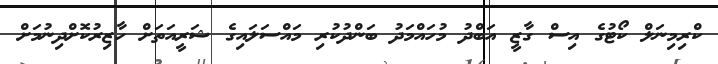
ކްރިމިނަލް ކޯޓުގެ އިސް ގާޒީ އަބްދު މުހައްމަދު ބަންދުކުރި މައްސަލައިގެ ޝަރީއަތަށް ހާޒިރުކޮށްދިނުމަށް